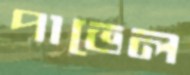
পাভেল